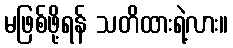
မဖြစ်ဖို့ရန် သတိထားရဲ့လား။